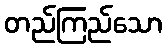
တည်ကြည်သော